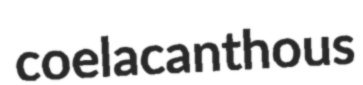
coelacanthous